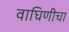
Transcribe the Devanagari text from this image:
वाघिणीचा